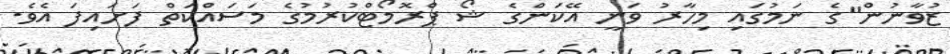
ޒުވާނުން"ގެ ނަމުގައި މިހާރު ވަނީ އޭކަންގެ ޝޯ ޕްރޮމޯޓްކުރުމުގެ މަސައްކަތް ފަށައިފަ އެވެ.